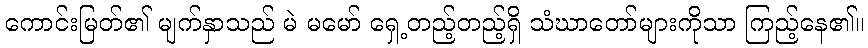
ကောင်းမြတ်၏ မျက်နှာသည် မဲ မမော် ရှေ့တည့်တည့်ရှိ သံဃာတော်များကိုသာ ကြည့်နေ၏။